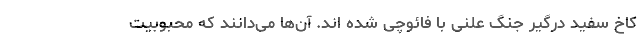
کاخ سفید درگیر جنگ علنی با فائوچی شده اند. آن‌ها می‌دانند که محبوبیت